Vaccination in Bombay 1856-1862 - 1856-1862
Year: 1856
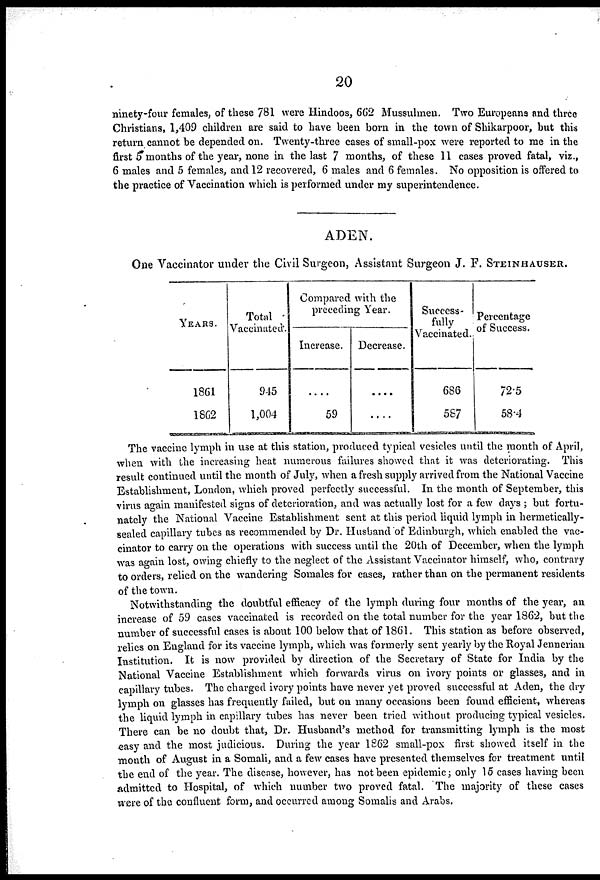
20
ninety-four females, of these 781 were Hindoos, 662 Mussulmen. Two Europeans and three
Christians, 1,409 children are said to have been born in the town of Shikarpoor, but this
return cannot be depended on. Twenty-three cases of small-pox were reported to me in the
first 5 months of the year, none in the last 7 months, of these 11 cases proved fatal, viz.,
6 males and 5 females, and 12 recovered, 6 males and 6 females. No opposition is offered to
the practice of Vaccination which is performed under my superintendence.
ADEN.
One Vaccinator under the Civil Surgeon, Assistant Surgeon J. F. STEINHAUSER.
YEARS.
1861
1862
Total
Vaccinated.
945
1,004
Compared with the
preceding Year.
Increase.
....
59
Decrease.
....
....
Success-
fully
Vaccinated.
686
587
Percentage
of Success.
72.5
58.4
The vaccine lymph in use at this station, produced typical vesicles until the month of April,
when with the increasing heat numerous failures showed that it was deteriorating. This
result continued until the month of July, when a fresh supply arrived from the National Vaccine
Establishment, London, which proved perfectly successful. In the month of September, this
virus again manifested signs of deterioration, and was actually lost for a few days ; but fortu-
nately the National Vaccine Establishment sent at this period liquid lymph in hermetically¬
sealed capillary tubes as recommended by Dr. Husband of Edinburgh, which enabled the vac¬
cinator to carry on the operations with success until the 20th of December, when the lymph
was again lost, owing chiefly to the neglect of the Assistant Vaccinator himself, who, contrary
to orders, relied on the wandering Somales for cases, rather than on the permanent residents
of the town.
Notwithstanding the doubtful efficacy of the lymph during four months of the year, an
increase of 59 cases vaccinated is recorded on the total number for the year 1862, but the
number of successful cases is about 100 below that of 1861. This station as before observed,
relies on England for its vaccine lymph, which was formerly sent yearly by the Royal Jennerian
Institution. It is now provided by direction of the Secretary of State for India by the
National Vaccine Establishment which forwards virus on ivory points or glasses, and in
capillary tubes. The charged ivory points have never yet proved successful at Aden, the dry
lymph on glasses has frequently failed, but on many occasions been found efficient, whereas
the liquid lymph in capillary tubes has never been tried without producing typical vesicles.
There can be no doubt that, Dr. Husband's method for transmitting lymph is the most
easy and the most judicious. During the year 1862 small-pox first showed itself in the
month of August in a Somali, and a few cases have presented themselves for treatment until
the end of the year. The disease, however, has not been epidemic; only 15 cases having been
admitted to Hospital, of which number two proved fatal. The majority of these cases
were of the confluent form, and occurred among Somalis and Arabs.